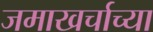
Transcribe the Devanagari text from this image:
जमाखर्चाच्या